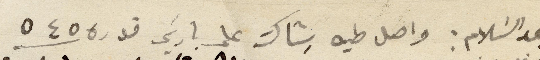
بعد السَلام: واصل طيه شِاك على باريس قدره ٥٤٥